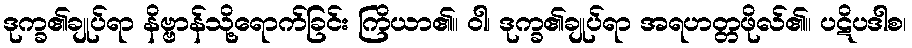
ဒုက္ခ၏ချုပ်ရာ နိဗ္ဗာန်သို့ရောက်ခြင်း ကြိယာ၏။ ဝါ၊ ဒုက္ခ၏ချုပ်ရာ အရဟတ္တဖိုလ်၏။ ပဋိပဒါစ၊